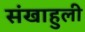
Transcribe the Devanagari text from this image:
संखाहुली